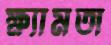
ক্ষ্যামতা